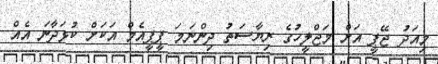
މިއަދު ޖޭޕީ އަށް މަޖްލީހުގެ ރިޔާސަތު ދިންނަމަ ޕީޕީއެމް އަކަށް ކުޅަދާނަ އެއް